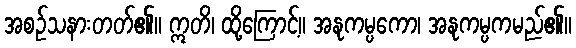
အစဉ်သနားတတ်၏။ ဣတိ၊ ထို့ကြောင့်။ အနုကမ္ပကော၊ အနုကမ္ပကမည်၏။